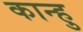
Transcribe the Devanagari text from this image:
कान्हु